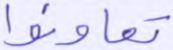
تعاونوا